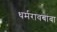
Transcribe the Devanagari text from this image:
धर्मरावबाबा